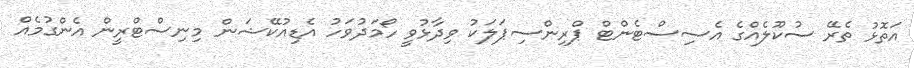
އަތޮޅު ތެރޭ ސުކޫލެއްގެ އެސިސްޓެންޓް ޕްރިންސިޕަލަކު ވިދާޅުވީ ހޯމަދުވަހު އެޑިއުކޭޝަން މިނިސްޓްރީން އެންގުމެއް